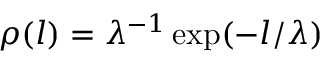
\rho ( l ) = \lambda ^ { - 1 } \exp ( - l / \lambda )